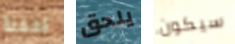
لحفلة يلحق سيكون